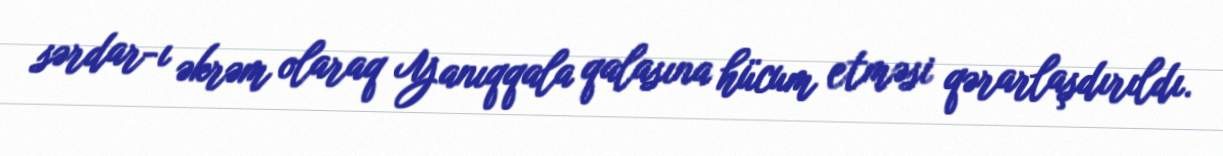
sərdar-ı əkrəm olaraq Yanıqqala qalasına hücum etməsi qərarlaşdırıldı.